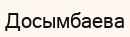
Досымбаева